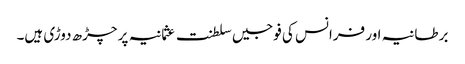
برطانیہ اور فرانس کی فوجیں سلطنت عثمانیہ پر چڑھ دوڑی ہیں۔